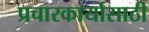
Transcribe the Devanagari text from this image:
प्रचारकार्यासाठी